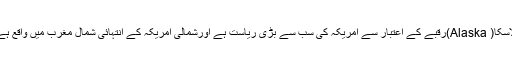
الاسکا( Alaska)رقبے کے اعتبار سے امریکہ کی سب سے بڑی ریاست ہے اورشمالی امریکہ کے انتہائی شمال مغرب میں واقع ہے۔